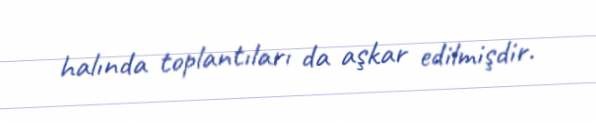
halında toplantıları da aşkar edilmişdir.